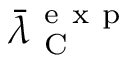
\bar { \lambda } _ { \mathrm { ~ C ~ } } ^ { \mathrm { ~ e ~ x ~ p ~ } }